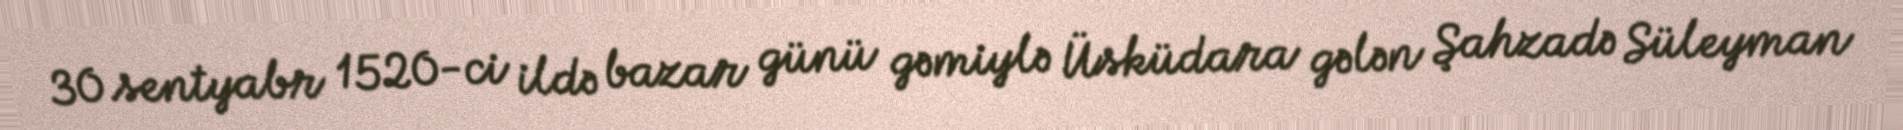
30 sentyabr 1520-ci ildə bazar günü gəmiylə Üsküdara gələn Şahzadə Süleyman